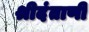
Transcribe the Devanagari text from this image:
श्रीदंताणी